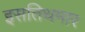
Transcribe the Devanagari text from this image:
इसतिथमार